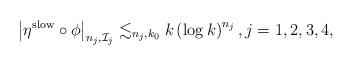
LaTeX: \begin{align*} \left| \eta^{\rm slow} \circ \phi \right|_{n_j,\mathcal{I}_j}\lesssim_{n_j,k_0} k \left( \log k \right)^{n_j},j = 1,2,3,4,\end{align*}